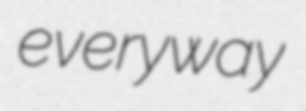
everyway